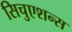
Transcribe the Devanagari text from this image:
सिचुएशन्स